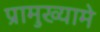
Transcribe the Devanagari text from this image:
प्रामुख्यामे